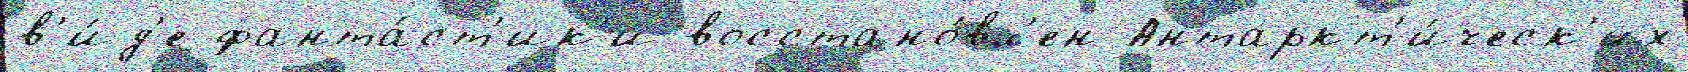
в'и́д'е фанта́ст'ик'и восстано́вл'ен Антаркт'и́ческ'их